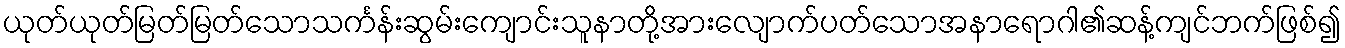
ယုတ်ယုတ်မြတ်မြတ်သောသင်္ကန်းဆွမ်းကျောင်းသူနာတို့အားလျောက်ပတ်သောအနာရောဂါ၏ဆန့်ကျင်ဘက်ဖြစ်၍